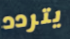
يتردد